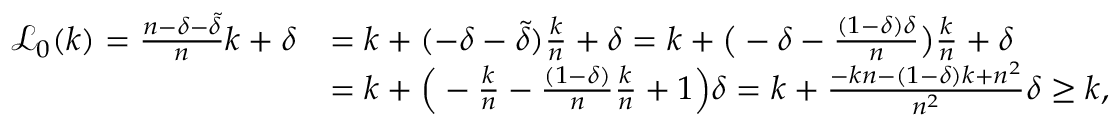
\begin{array} { r l } { { \mathcal { L } } _ { 0 } ( k ) = \frac { n - \delta - { \widetilde { \delta } } } { n } k + \delta } & { = k + ( - \delta - { \widetilde { \delta } } ) \frac { k } { n } + \delta = k + \big ( - \delta - \frac { ( 1 - \delta ) \delta } { n } \big ) \frac { k } { n } + \delta } \\ & { = k + \Big ( - \frac { k } { n } - \frac { ( 1 - \delta ) } { n } \frac { k } { n } + 1 \Big ) \delta = k + \frac { - k n - ( 1 - \delta ) k + n ^ { 2 } } { n ^ { 2 } } \delta \ge k , } \end{array}